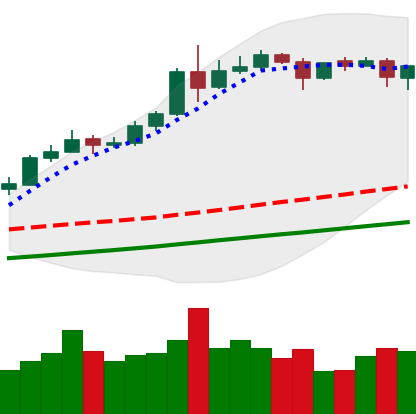
Ticker: ETH-USD
Chart end date: 2020-08-12
Forward return: 9.848%
Label: up_7plus